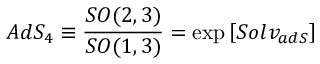
A d S _ { 4 } \equiv \frac { S O ( 2 , 3 ) } { S O ( 1 , 3 ) } = \exp \left[ S o l v _ { a d S } \right]